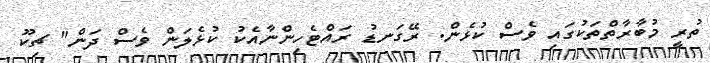
ތުރީ މުބާރާތްތަކުގައި ވެސް ކުޅެން. ރޭގަނޑު ރައްޓެހިންނާއެކު ކުޅެލަން ވެސް ދަން" ޗިކޫ